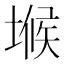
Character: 𭏒